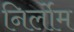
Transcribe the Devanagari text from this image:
निर्लोम